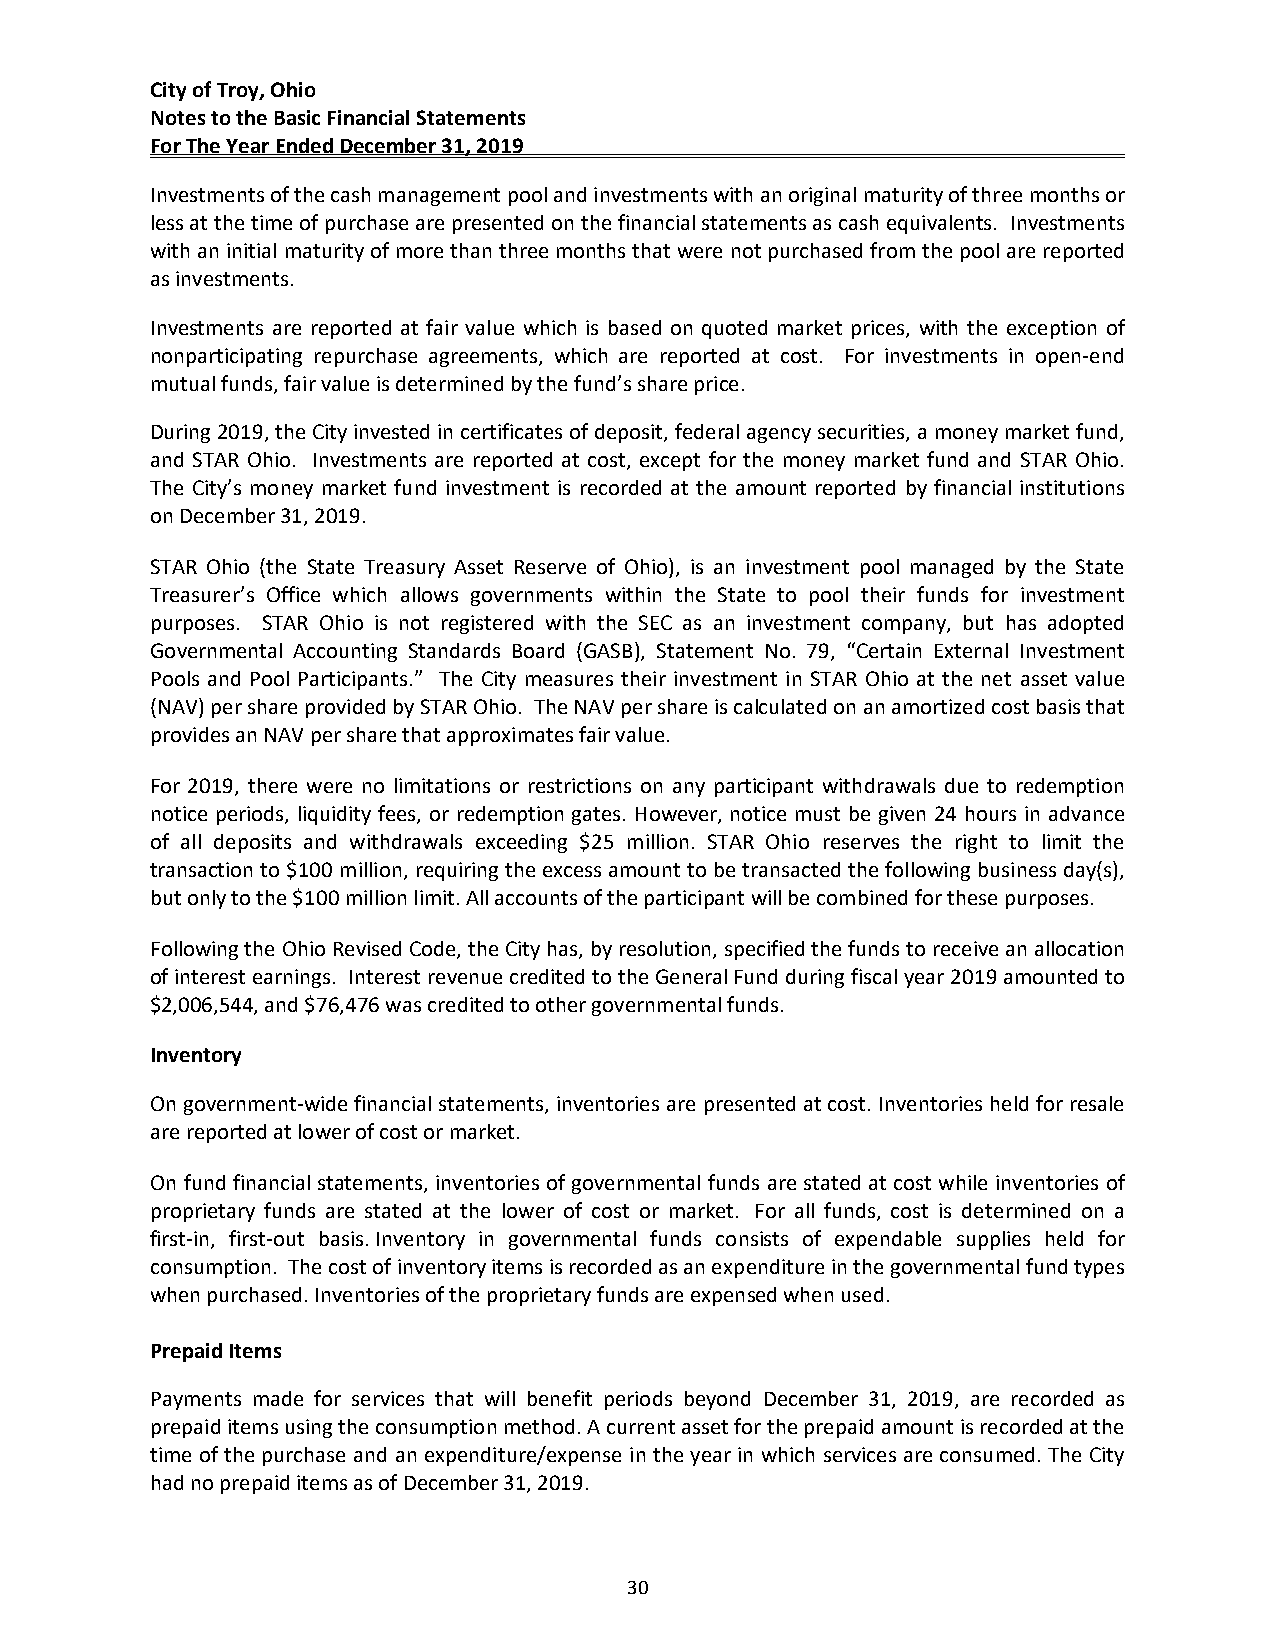
City of Troy, Ohio
 Notes to the Basic Financial Statements
 For The Year Ended December 31, 2019
 Investments of the cash management pool and investments with an original maturity of three months or
 less at the time of purchase are presented on the financial statements as cash equivalents. Investments
 with an initial maturity of more than three months that were not purchased from the pool are reported
 as investments.
 Investments are reported at fair value which is based on quoted market prices, with the exception of
 nonparticipating repurchase agreements, which are reported at cost. For investments in open‐end
 mutual funds, fair value is determined by the fund’s share price.
 During 2019, the City invested in certificates of deposit, federal agency securities, a money market fund,
 and STAR Ohio. Investments are reported at cost, except for the money market fund and STAR Ohio.
 The City’s money market fund investment is recorded at the amount reported by financial institutions
 on December 31, 2019.
 STAR Ohio (the State Treasury Asset Reserve of Ohio), is an investment pool managed by the State
 Treasurer’s Office which allows governments within the State to pool their funds for investment
 purposes. STAR Ohio is not registered with the SEC as an investment company, but has adopted
 Governmental Accounting Standards Board (GASB), Statement No. 79, “Certain External Investment
 Pools and Pool Participants.” The City measures their investment in STAR Ohio at the net asset value
 (NAV) per share provided by STAR Ohio. The NAV per share is calculated on an amortized cost basis that
 provides an NAV per share that approximates fair value.
 For 2019, there were no limitations or restrictions on any participant withdrawals due to redemption
 notice periods, liquidity fees, or redemption gates. However, notice must be given 24 hours in advance
 of all deposits and withdrawals exceeding $25 million. STAR Ohio reserves the right to limit the
 transaction to $100 million, requiring the excess amount to be transacted the following business day(s),
 but only to the $100 million limit. All accounts of the participant will be combined for these purposes.
 Following the Ohio Revised Code, the City has, by resolution, specified the funds to receive an allocation
 of interest earnings. Interest revenue credited to the General Fund during fiscal year 2019 amounted to
 $2,006,544, and $76,476 was credited to other governmental funds.
 Inventory
 On government‐wide financial statements, inventories are presented at cost. Inventories held for resale
 are reported at lower of cost or market.
 On fund financial statements, inventories of governmental funds are stated at cost while inventories of
 proprietary funds are stated at the lower of cost or market. For all funds, cost is determined on a
 first‐in, first‐out basis. Inventory in governmental funds consists of expendable supplies held for
 consumption. The cost of inventory items is recorded as an expenditure in the governmental fund types
 when purchased. Inventories of the proprietary funds are expensed when used.
 Prepaid Items
 Payments made for services that will benefit periods beyond December 31, 2019, are recorded as
 prepaid items using the consumption method. A current asset for the prepaid amount is recorded at the
 time of the purchase and an expenditure/expense in the year in which services are consumed. The City
 had no prepaid items as of December 31, 2019.
 30